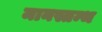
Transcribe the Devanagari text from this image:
मानस्तम्भ